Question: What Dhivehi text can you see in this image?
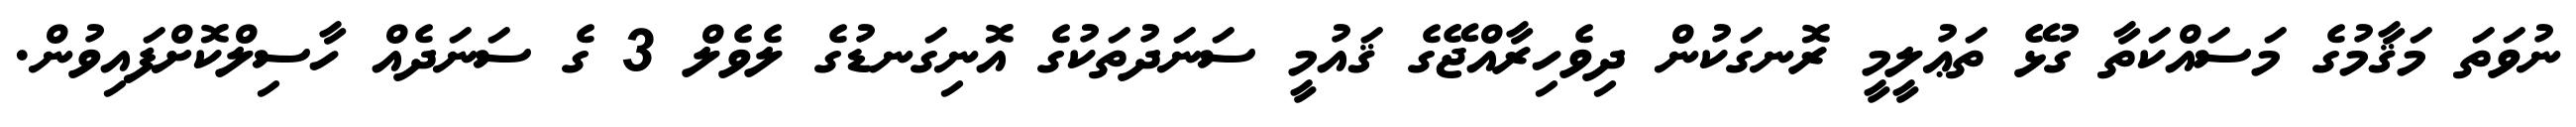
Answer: ނުވަތަ މަޤާމުގެ މަސައްކަތާ ގުޅޭ ތަޢުލީމީ ރޮނގަކުން ދިވެހިރާއްޖޭގެ ޤައުމީ ސަނަދުތަކުގެ އޮނިގަނޑުގެ ލެވެލް 3 ގެ ސަނަދެއް ހާސިލްކޮށްފައިވުން.